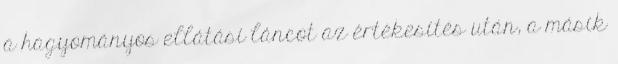
a hagyományos ellátási láncot az értékesítés után, a másik